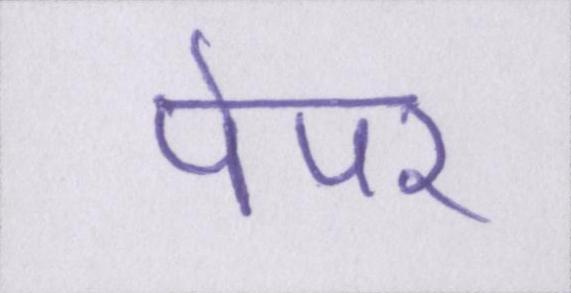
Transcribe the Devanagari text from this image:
पेपर